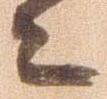
之